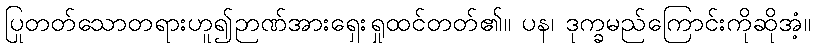
ပြုတတ်သောတရားဟူ၍ဉာဏ်အားရှေးရှုထင်တတ်၏။ ပန၊ ဒုက္ခမည်ကြောင်းကိုဆိုအံ့။